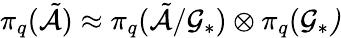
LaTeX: \pi_{q}(\tilde{\cal A})\approx\pi_{q}(\tilde{\cal A}/{\cal G}_{\ast})\otimes\pi_{q}(\cal G_{\ast})